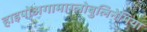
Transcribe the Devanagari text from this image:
हाइपोअगामाग्लोबुलिनेमिया